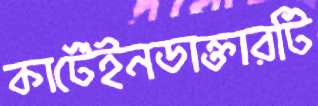
কার্টেইনডাক্তারটি